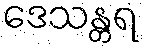
ဒေသန္တရ